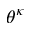
\theta ^ { \kappa }